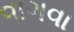
વાગવા